Indian Civil Veterinary Department memoirs
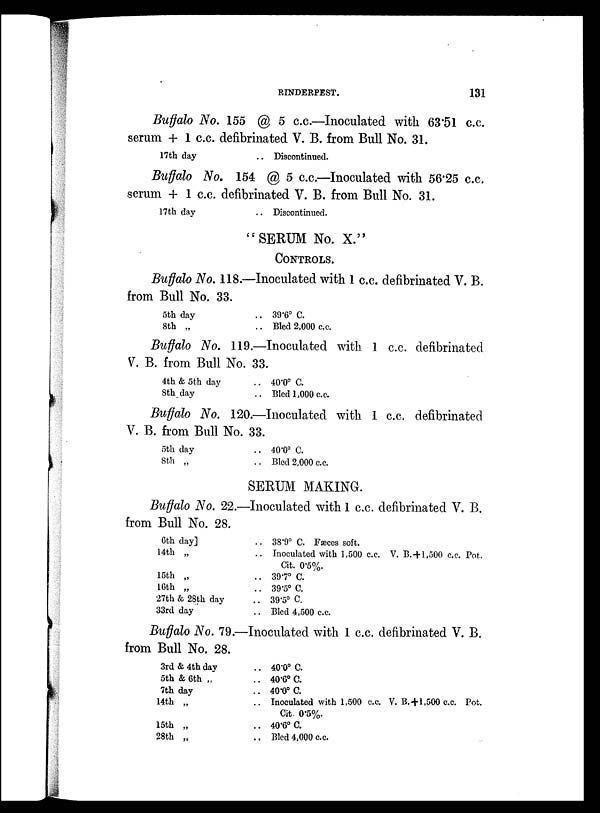
RINDERPEST.
131
Buffalo No. 155 @ 5 c.c.—Inoculated with 63.51 c.c.
serum + 1 c.c. defibrinated V. B. from Bull No. 31.
17th day
.. Discontinued.
Buffalo No. 154 @ 5 c.c.—Inoculated with 56.25 c.c.
serum + 1 c.c. defibrinated V. B. from Bull No. 31.
17th day
.. Discontinued.
"SERUM No. X."
CONTROLS.
Buffalo No. 118.—Inoculated with 1 c.c. defibrinated V. B.
from Bull No. 33.
5th day
8th „
.. 39.6º C.
.. Bled 2,000 c.c.
Buffalo No. 119.—Inoculated with 1 c.c. defibrinated
V. B. from Bull No. 33.
4th & 5th day
8th day
.. 40.0º C.
.. Bled 1,000 c.c.
Buffalo No. 120.—Inoculated with 1 c.c. defibrinated
V. B. from Bull No. 33.
5th day
8th „
.. 40.0º C.
.. Bled 2,000 c.c.
SERUM MAKING.
Buffalo No. 22.—Inoculated with 1 c.c. defibrinated V. B.
from Bull No. 28.
6th day]
14th „
15th „
16th „
27th & 28th day
33rd day
.. 38.9º C. Fæces soft.
.. Inoculated with 1,500 c.c. V. B.+1,500 c.c. Pot.
Cit. 0.5%.
.. 39.7º C.
.. 39.5º C.
.. 39.5º C.
.. Bled 4,500 c.c.
Buffalo No. 79.—Inoculated with 1 c.c. defibrinated V. B.
from Bull No. 28.
3rd & 4th day
5th & 6th „
7th day
14th „
15th „
28th „
.. 40.0 º C.
.. 40.6º C.
.. 40.0º C.
.. Inoculated with 1,500 c.c. V. B.+1,500 c.c. Pot.
Cit. 0.5%.
.. 40.6º C.
.. Bled 4,000 c.c.